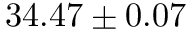
3 4 . 4 7 \pm 0 . 0 7